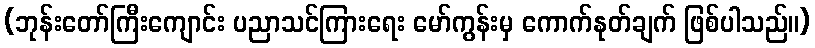
(ဘုန်းတော်ကြီးကျောင်း ပညာသင်ကြားရေး မော်ကွန်းမှ ကောက်နုတ်ချက် ဖြစ်ပါသည်။)